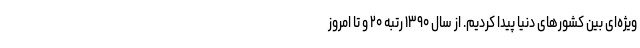
ویژه‌ای بین کشورهای دنیا پیدا کردیم. از سال ۱۳۹۰ رتبه ۲۰ و تا امروز